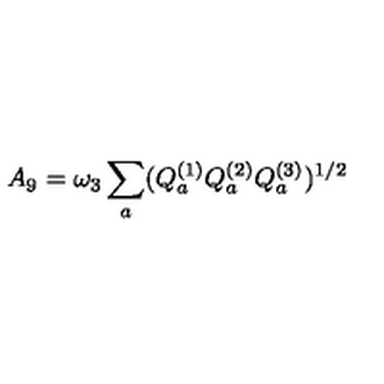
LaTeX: A _ { 9 } = \omega _ { 3 } \sum _ { a } ( Q _ { a } ^ { ( 1 ) } Q _ { a } ^ { ( 2 ) } Q _ { a } ^ { ( 3 ) } ) ^ { 1 / 2 }